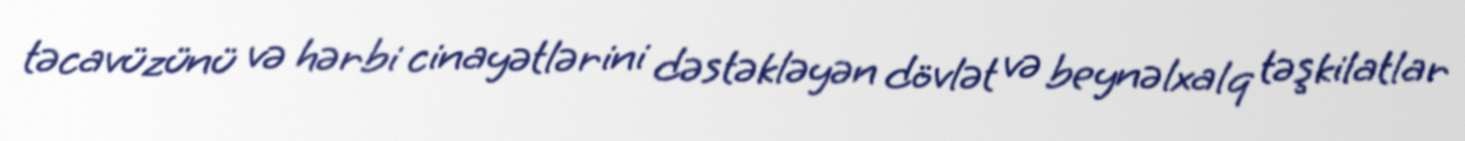
təcavüzünü və hərbi cinayətlərini dəstəkləyən dövlət və beynəlxalq təşkilatlar